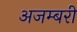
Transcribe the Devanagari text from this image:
अजम्बरी